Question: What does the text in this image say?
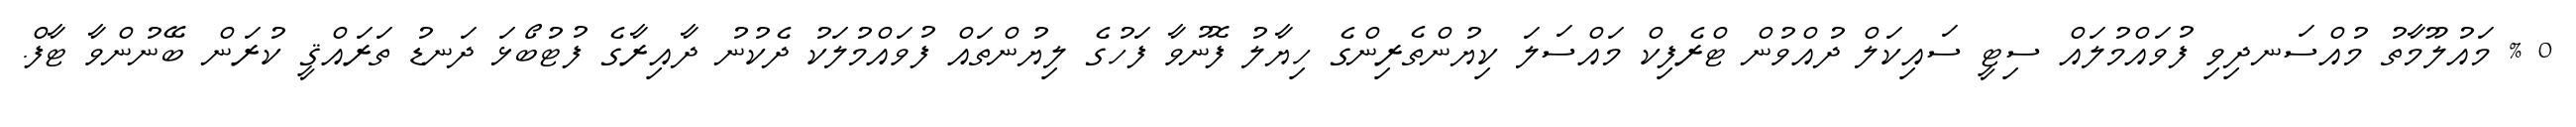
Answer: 0 % މައުލޫމާތު މުއްސަނދިވި ފުވައްމުލައް ސިޓީ ސައިކަލް ދުއްވުން ޓްރެފިކް މައްސަލަ ކިޔުންތެރިންގެ ހިޔާލު ފޮނުވާ ފަހުގެ ލިޔުންތައް ފުވައްމުލަކު ދެކުނު ދާއިރާގެ ފުޓުބޯޅަ ދަނޑު ތަރައްޤީ ކުރަން ބޭނުންވާ ޓާފް.